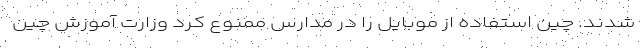
شدند. چین استفاده از موبایل را در مدارس ممنوع کرد وزارت آموزش چین